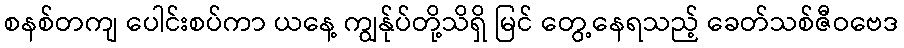
စနစ်တကျ ပေါင်းစပ်ကာ ယနေ့ ကျွန်ုပ်တို့သိရှိ မြင် တွေ့နေရသည့် ခေတ်သစ်ဇီဝဗေဒ